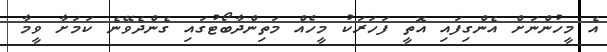
އެ މީހުންނަށް އެންގިފައި އޮތީ ފަހަރަކު މީހެއް މަތިންދާބޯޓުގައި ގެންދެވޭނެ ކަމަށާ ވީމާ